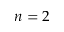
n = 2